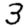
Digit: 3